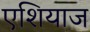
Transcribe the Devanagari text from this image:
एशियाज